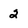
Character: 2